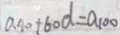
a 4 0 + 6 0 d = a _ { 1 0 0 }